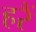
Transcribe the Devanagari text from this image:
हरैं